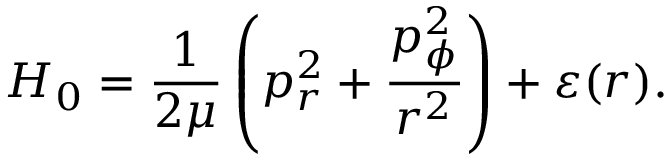
{ \cal H } _ { 0 } = \frac { 1 } { 2 \mu } \left( p _ { r } ^ { 2 } + \frac { p _ { \phi } ^ { 2 } } { r ^ { 2 } } \right) + \varepsilon ( r ) .